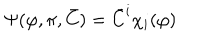
\Psi ( \varphi , \pi , { \bar { C } } ) = { \bar { C } } ^ { i } \chi _ { i } ( \varphi )